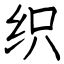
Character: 织